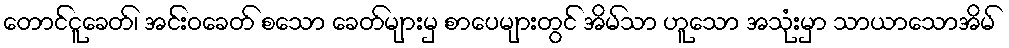
တောင်ငူခေတ်၊ အင်းဝခေတ် စသော ခေတ်များမှ စာပေများတွင် အိမ်သာ ဟူသော အသုံးမှာ သာယာသောအိမ်